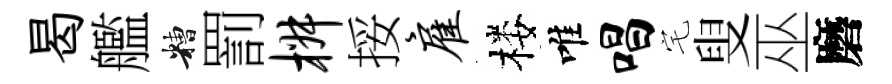
曷艦糟罰椒挼雇楼唯唱宅叟巫磨